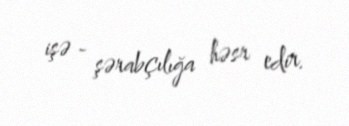
işə - şərabçılığa həsr edir.